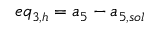
e q _ { 3 , h } = { a _ { 5 } } - { a _ { 5 , s o l } }